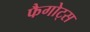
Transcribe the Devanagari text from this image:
फैगोट्स